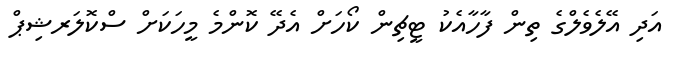
އަދި އޭލެވެލްގެ ތިން ފާހާއެކު ޓީޗިން ކޯހަށް އެދޭ ކޮންމެ މީހަކަށް ސްކޮލަރޝިޕް